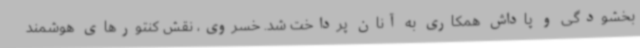
بخشودگی و پاداش همکاری به آنان پرداخت شد. خسروی، نقش کنتورهای هوشمند